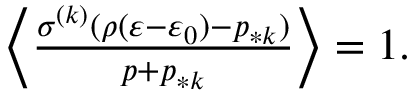
\begin{array} { r } { \Big \langle \frac { \sigma ^ { ( k ) } ( \rho ( \varepsilon - \varepsilon _ { 0 } ) - p _ { * k } ) } { p + p _ { * k } } \Big \rangle = 1 . } \end{array}